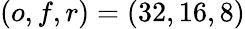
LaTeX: \left(o,f,r\right)=\left(32,16,8\right)